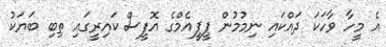
އެ މީހާ ވާހަކަ ދައްކައި ނިމުމުން ޕީޕީއެމްގެ އޮފީސް ކައިރީގައި ތިބި ބަޔަކު